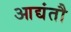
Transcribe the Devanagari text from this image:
आद्यंतौ